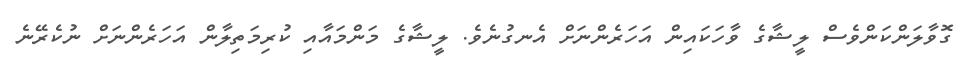
ގޮވާލަންކަންވެސް ލީޝާގެ ވާހަކައިން އަހަރެންނަށް އެނގުނެވެ. ލީޝާގެ މަންމައާއި ކުރިމަތިލާން އަހަރެންނަށް ނުކެރޭނެ